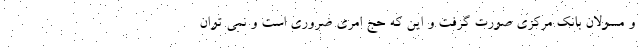
و مسولان بانک مرکزی صورت گرفت و این که حج امری ضروری است و نمی توان